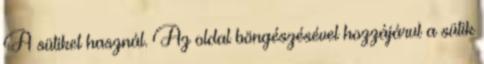
A sütiket használ. Az oldal böngészésével hozzájárul a sütik